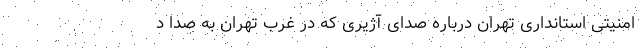
امنیتی استانداری تهران درباره صدای آژیری که در غرب تهران به صدا د